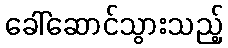
ခေါ်ဆောင်သွားသည့်